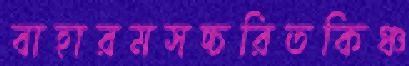
বাহারমসচ্চরিতকিঞ্চ